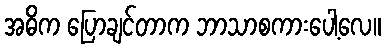
အဓိက ပြောချင်တာက ဘာသာစကားပေါ့လေ။